Leaving Certificate Examination (including Day School Certificate (Higher) General paper), 1928
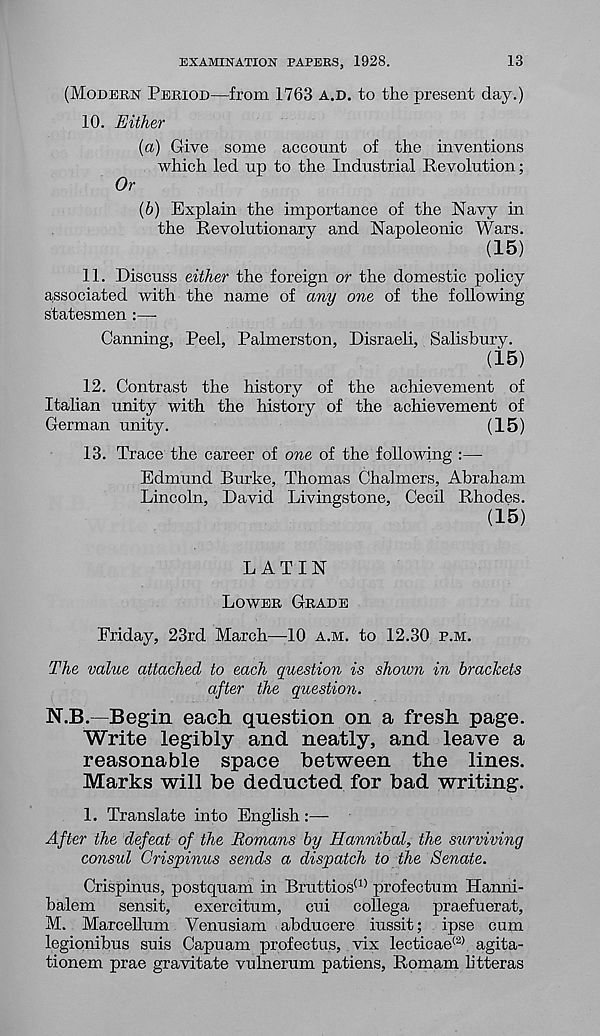
EXAMINATION PAPERS, 1928.
13
(MODERN PERIOD—from 1763 A.D. to the present day.)
10. Either
(a) Give some account of the inventions
which led up to the Industrial Revolution;
Or
(b) Explain the importance of the Navy in
the Revolutionary and Napoleonic Wars.
(15)
11. Discuss either the foreign or the domestic policy
associated with the name of any one of the following
statesmen :—-
Canning, Peel, Palmerston, Disraeli, Salisbury.
(15)
12. Contrast the history of the achievement of
Italian unity with the history of the achievement of
German unity.
(15)
13. Trace the career of one of the following :—
Edmund Burke, Thomas Chalmers, Abraham
Lincoln, David Livingstone, Cecil Rhodes.
(15)
LATIN
LOWER GRADE
Friday, 23rd March—10 A.M. to 12.30 P.M.
The value attached to each question is shown in brackets
after the question.
N.B.—Begin each question on a fresh page.
Write legibly and neatly, and leave a
reasonable space between the lines.
Marks will be deducted for bad writing.
1. Translate into English:—
After the defeat of the Romans by Hannibal, the surviving
consul Crispinus sends a dispatch to the Senate.
Crispinus, postquam in Bruttios (1) profectum Hanni-
balem sensit, exercitum, cui collega praefuerat,
M. Marcellum Venusiam abducere iussit; ipse cum
legionibus suis Capuam profectus, vix lecticae (2) agita-
tionem prae gravitate vulnerum patiens, Romam litter as